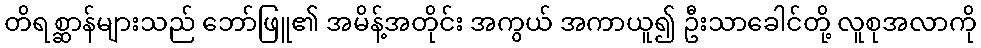
တိရစ္ဆာန်များသည် ဘော်ဖြူ၏ အမိန့်အတိုင်း အကွယ် အကာယူ၍ ဦးသာခေါင်တို့ လူစုအလာကို